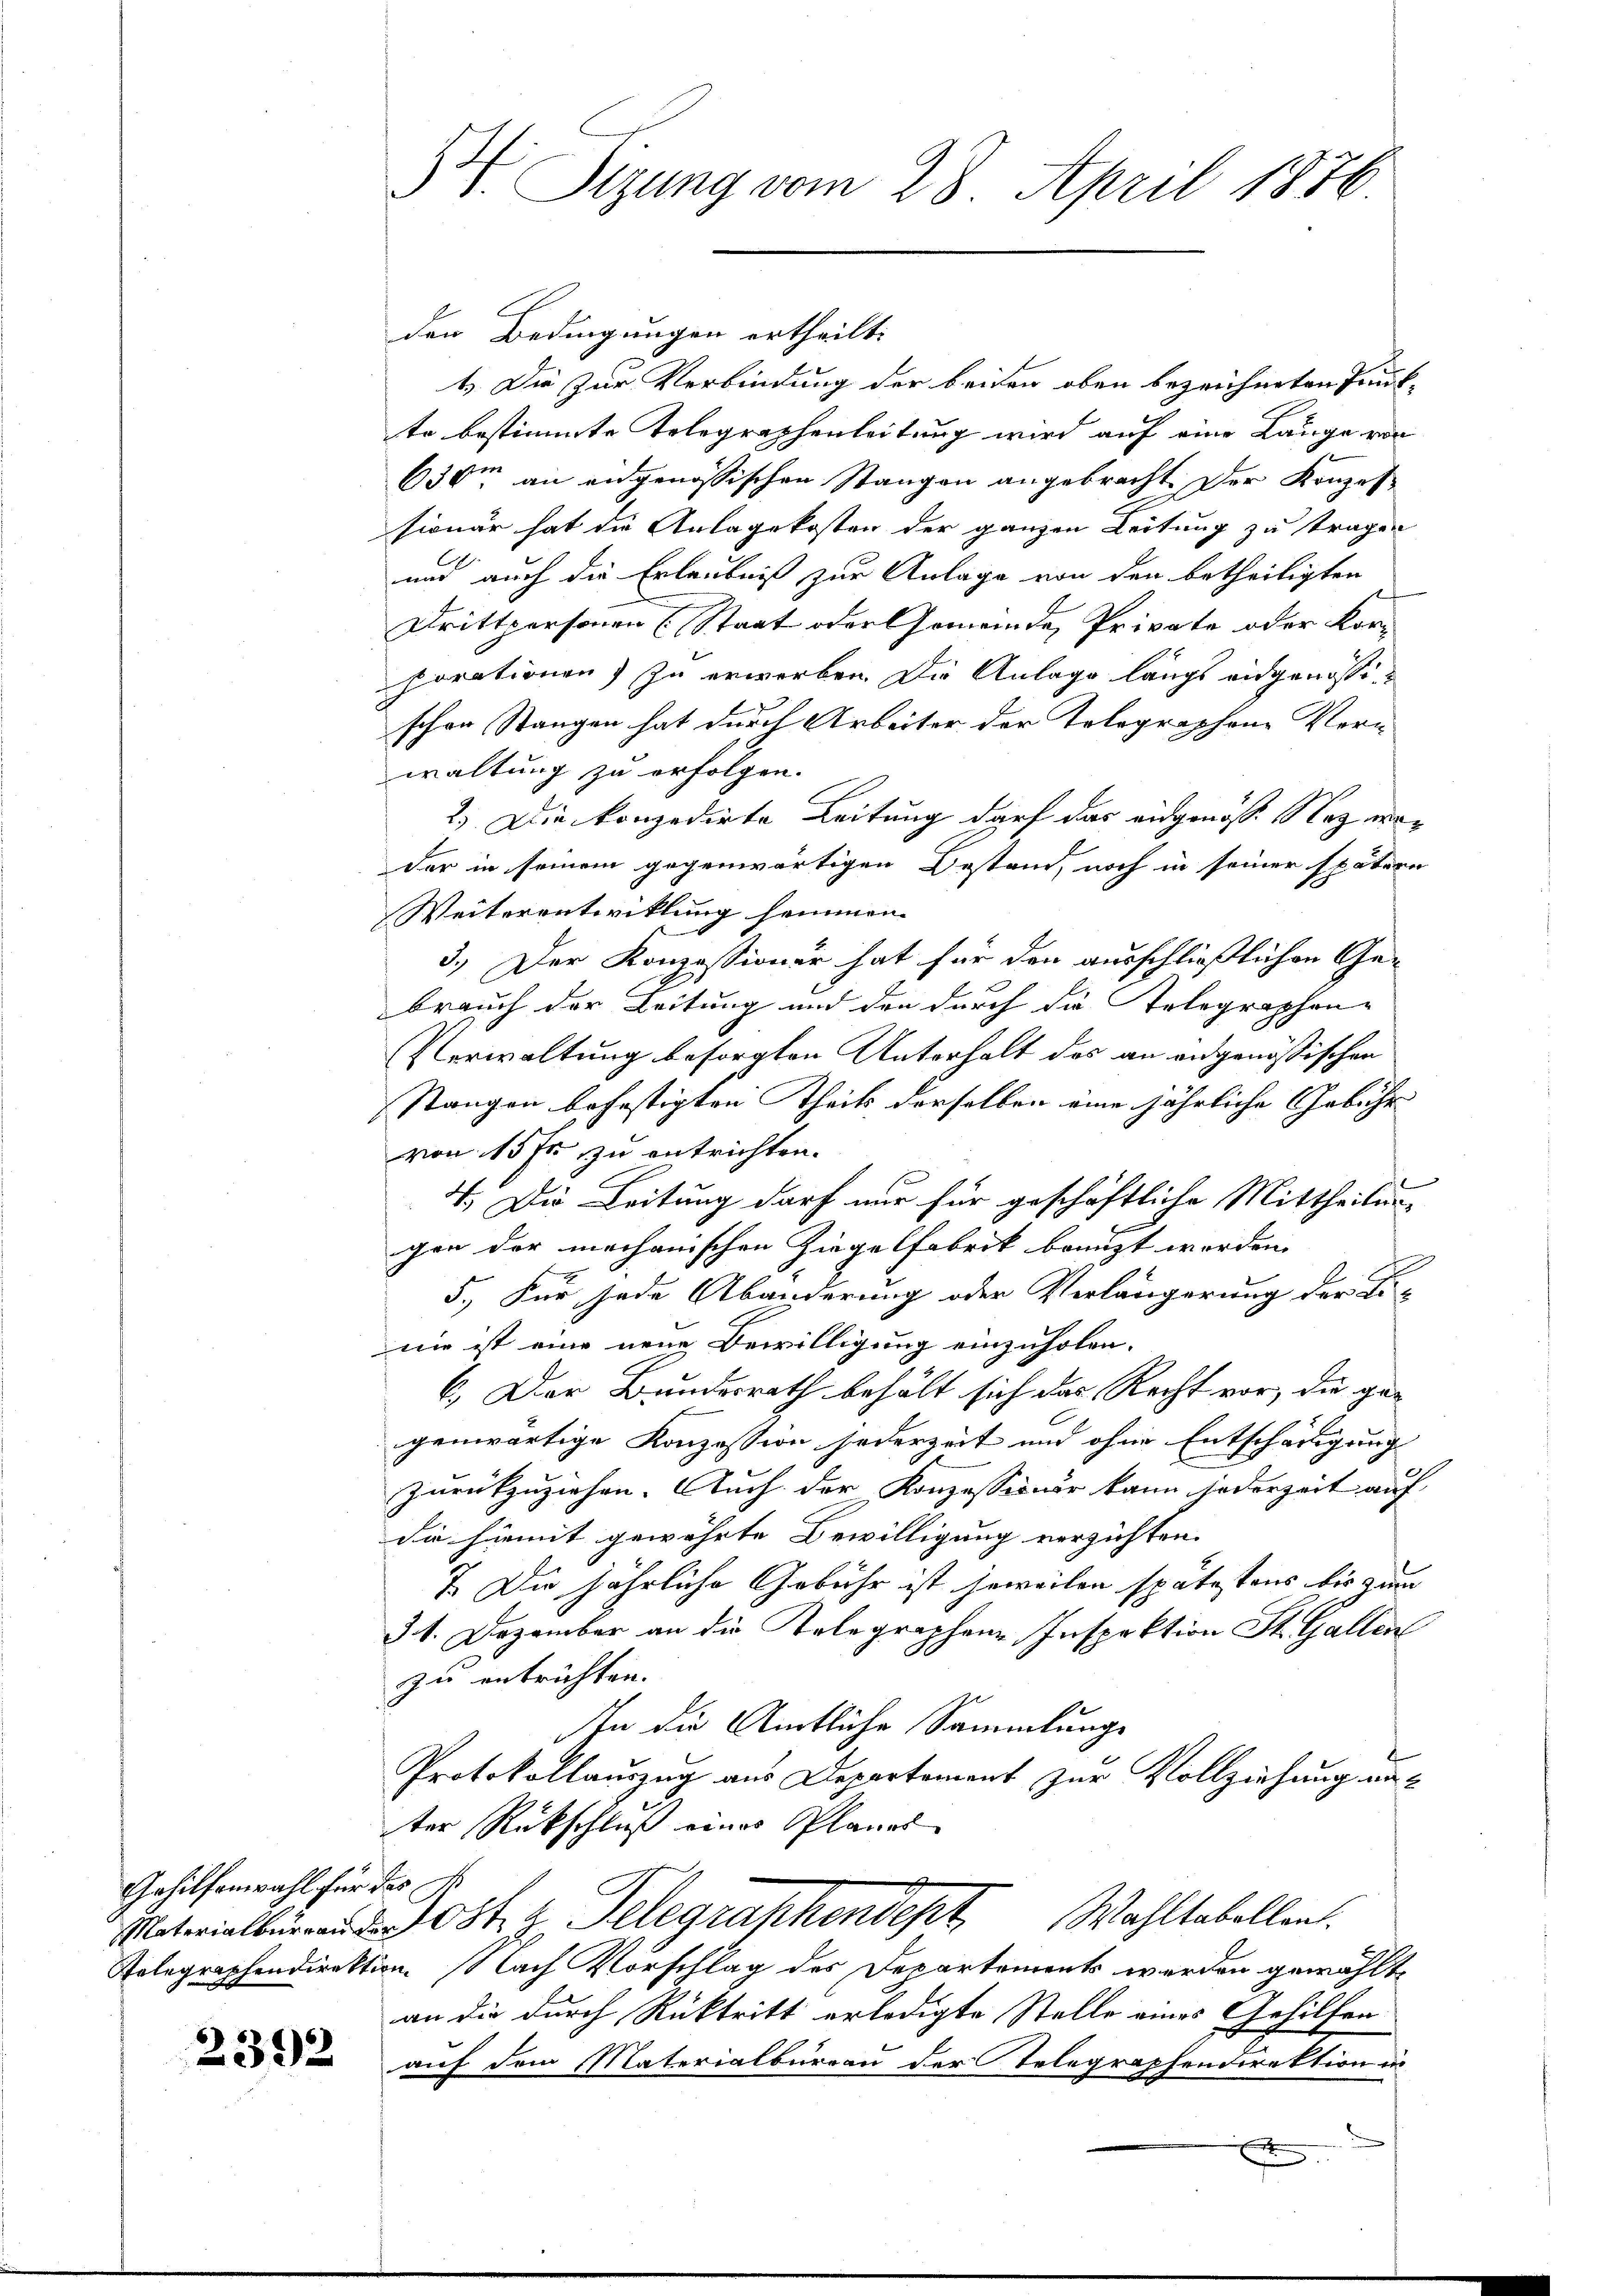
Gehilfenwahl für das F

2392

V. Sizung vom 28. April 1876.

den Bedingungen ertheilt:
1.) Die zur Verbindung der beiden oben bezeichneten Punkte bestimmte Telegraphenleitung wird auf eine Lange vor
630m an eidgenössischen Stangen angebracht. Der Konzes
sionär hat die Anlagekosten der ganzen Leitung zu tragen
und auch die Erlaubniß zur Anlage von den betheiligten
Drittpersonen (Staat oder Gemeinde, Private oder Kor-
porationen) zu erwerben. Die Anlage längs eidgenössi
schen Stangen hat durch Arbeiter der Tolographen Vern
waltung zu erfolgen.
2.) Die konzedirte Leitung darf das eidgenöss. Nez weder in seinem gegenwärtigen Bestand, noch in seiner spätern
Weiterentwicklung hemmen. |
3.) Der Konzessioner hat für den ausschließlichen Ge-
brauch der Leitung und den durch die Telegraphen-
Verwaltung besorgten Unterhalt des an angenößischen
stangen befestigten Theils derselben eine jährliche Gebühr |
von 15 fr zu entrichten.
4. Die Leitung darf nur für geschäftliche Mittheilungen der mechanischen Ziegelfabrik benuzt worden.
5.) Für jede Abänderung oder Verlängerung der Fi-
nie ist eine neue Bewilligung einzuholen.
6.) Der Bundesrath behält sich das Recht vor, die ge-
genwärtige Konzession jederzeit und ohne Entschädigung
zurückzuziehen. Auch der Konzessioner kann jederzeit auf
die hiemit gewährte Bewilligung verzichten.
7. Die jährliche Gebühr ist soweilen spätestens bis zum
31. Dezember an die Telegraphene Inspektion St. Gallen
zu entrichten.
In die Amtliche Sammlungs
Protokollauszug aus Departement zur Vollziehung anter Rückschluß eines Planes
Materialbüreau der Ost z. Telegraphendept. Wahltabellen.
Telegraphendirektion Nach Vorschlag des Departement werden gewählte
an die durch Rücktritt erledigte Stelle eines Gehilfen
auf dem Materialbürren der Telegraphendirektion in
x